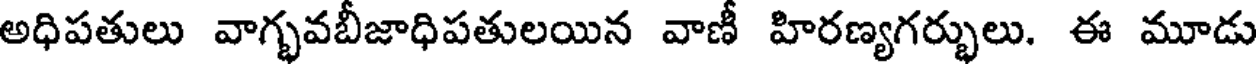
అధిపతులు వాగ్భవబీజాధిపతులయిన వాణీ హిరణ్యగర్భులు. ఈ మూడు